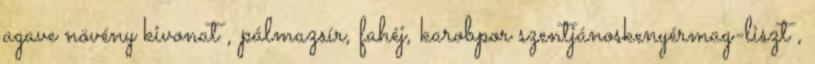
agave növény kivonat , pálmazsír, fahéj, karobpor szentjánoskenyérmag-liszt ,